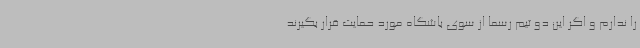
را ندارم و اگر این دو تیم رسما از سوی باشگاه مورد حمایت قرار بگیرند